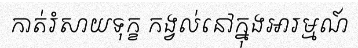
កាត់រំសាយទុក្ខ កង្វល់នៅក្នុងអារម្មណ៍